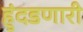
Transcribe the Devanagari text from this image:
हुंदडणारी